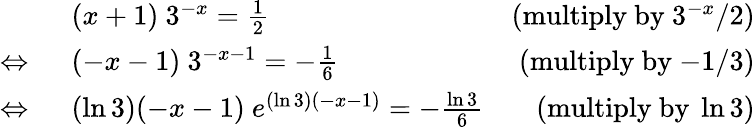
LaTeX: {\begin{array}{rlr}&{(x+1)\ 3^{-x}={\frac{1}{2}}}&{({\mathrm{multiply~by~}}3^{-x}/2)}\\ {\Leftrightarrow\ }&{(-x-1)\ 3^{-x-1}=-{\frac{1}{6}}}&{({\mathrm{multiply~by~}}{-}1/3)}\\ {\Leftrightarrow\ }&{(\ln 3)(-x-1)\ e^{(\ln 3)(-x-1)}=-{\frac{\ln 3}{6}}}&{({\mathrm{multiply~by~}}\ln 3)}\end{array}}